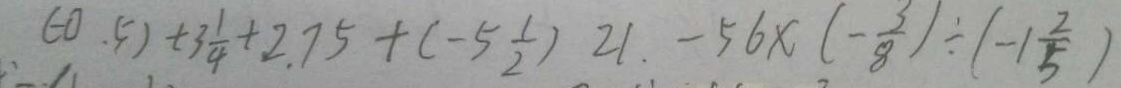
( - 0 , 5 ) + 3 \frac { 1 } { 4 } + 2 . 7 5 + ( - 5 \frac { 1 } { 2 } ) 2 1 . - 5 6 \times ( - \frac { 3 } { 8 } ) \div ( - 1 \frac { 2 } { 5 } )